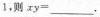
1，则$$xy=___$$.